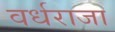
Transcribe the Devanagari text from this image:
वर्धराजा